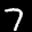
Label: 7